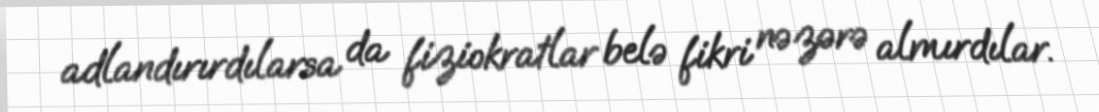
adlandırırdılarsa da fiziokratlar belə fikri nəzərə almırdılar.